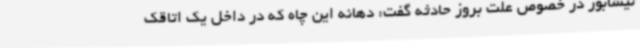
نیشابور در خصوص علت بروز حادثه گفت: دهانه این چاه که در داخل یک اتاقک